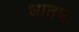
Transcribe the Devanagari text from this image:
धातवः